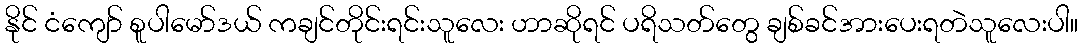
နိုင် ငံကျော် စူပါမော်ဒယ် ကချင်တိုင်းရင်းသူလေး ဟာဆိုရင် ပရိသတ်တွေ ချစ်ခင်အားပေးရတဲသူလေးပါ။